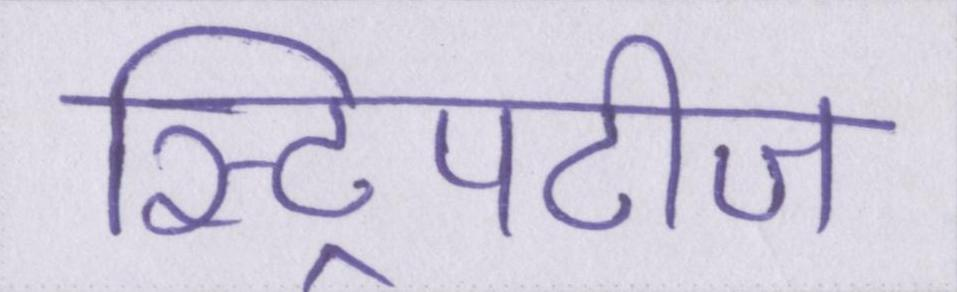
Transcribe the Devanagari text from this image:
स्ट्रिपटीज